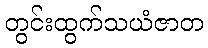
တွင်းထွက်သယံဇာတ